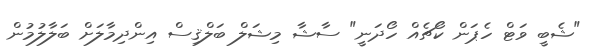
"ޝެބީ ވަޓް ހެޕަން ކޯޗެއް ހޯދަނީ" ސާޝާ މިޝަލް ބަލްޤިސް އިންދިމާލަށް ބަލާލުމުން